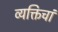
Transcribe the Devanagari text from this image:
व्यक्तिचां